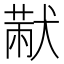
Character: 𤠨